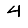
Digit: 4